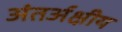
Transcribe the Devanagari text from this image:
अंतर्अक्षीय